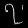
Digit: ၇